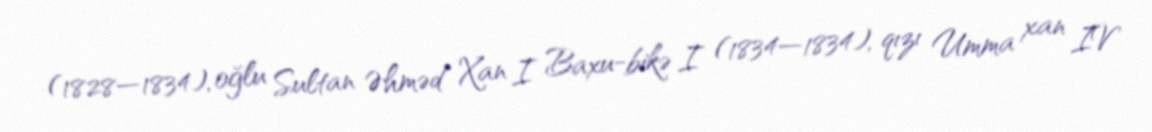
(1828—1834), oğlu Sultan Əhməd Xan I Baxu-bikə I (1834—1834), qızı Umma xan IV